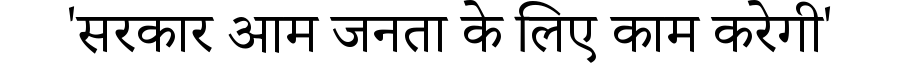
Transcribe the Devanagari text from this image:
'सरकार आम जनता के लिए काम करेगी'